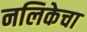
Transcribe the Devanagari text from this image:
नलिकेचा